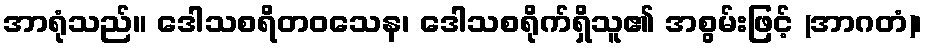
အာရုံသည်။ ဒေါသစရိတဝသေန၊ ဒေါသစရိုက်ရှိသူ၏ အစွမ်းဖြင့် (အာဂတံ)၊